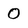
Character: 0